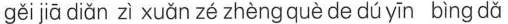
gěi jiā diǎn zì xuǎn zé zhèng què de dú yīn bìng dǎ